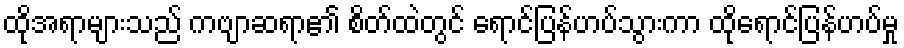
ထိုအရာများသည် ကဗျာဆရာ၏ စိတ်ထဲတွင် ရောင်ပြန်ဟပ်သွားကာ ထိုရောင်ပြန်ဟပ်မှု